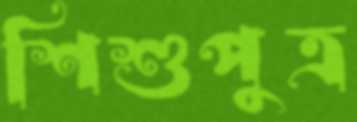
শিশুপুত্র